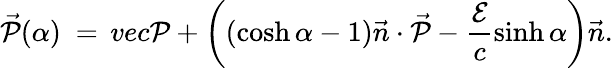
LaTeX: \vec{\cal{P}}(\alpha)\ =\, vec{\cal{P}}+\left((\cosh\alpha-1)\vec{n}\cdot\vec{\cal{P}}-\frac{\cal{E}}{c}\sinh\alpha\right)\vec{n}.